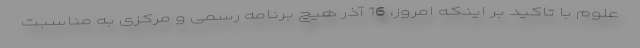
علوم با تاکید بر اینکه امروز، 16 آذر هیچ برنامه رسمی و مرکزی به مناسبت